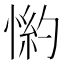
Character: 𱞺